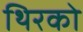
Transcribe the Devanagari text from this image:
थिरको